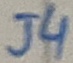
Text: J4